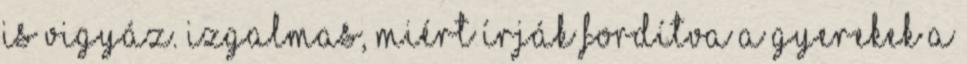
is vigyáz. Izgalmas, miért írják fordítva a gyerekek a